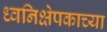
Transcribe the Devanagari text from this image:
ध्वनिक्षेपकाच्या